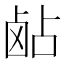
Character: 𬸵